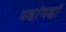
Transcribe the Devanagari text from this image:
वहांवहां